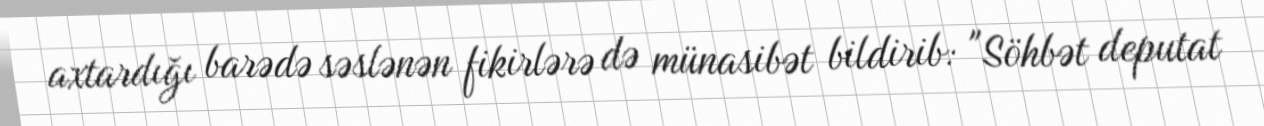
axtardığı barədə səslənən fikirlərə də münasibət bildirib: "Söhbət deputat